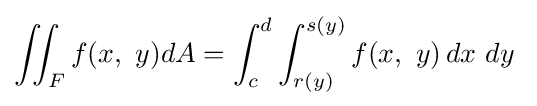
\iint _{F}f(x,\ y)dA=\int _{c}^{d}\int _{r(y)}^{s(y)}f(x,\ y)\,dx\ dy\